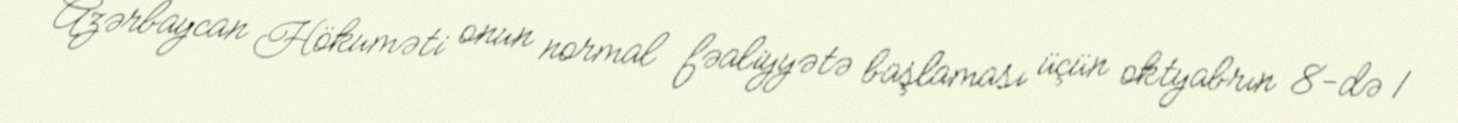
Azərbaycan Hökuməti onun normal fəaliyyətə başlaması üçün oktyabrın 8-də 1